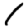
Digit: 1